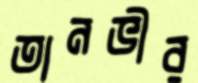
তানভীর